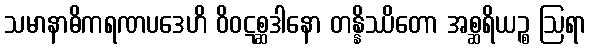
သမာနာဓိကရဏပဒေဟိ ဝိဝဋစ္ဆဒါနော တန္နိဿိတော အစ္ဆရိယဉ္စ ဩရာ